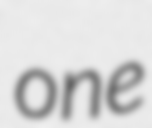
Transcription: one